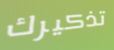
تذكيرك